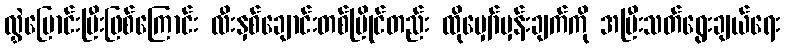
လွှဲပြောင်းပြီးဖြစ်ကြောင်း လီးနှစ်ချောင်းတစ်ပြိုင်တည်း ထိုမျှော်မှန်းချက်ကို အပြီးသတ်ရွေးချယ်ရေး